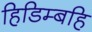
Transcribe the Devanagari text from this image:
हिडिम्बहि